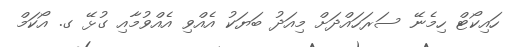
ހައިކޯޓް ހިމެނޭ ސަރަހައްދަށް މިއަދު ބަޔަކު އެއްވި އެއްވުމާއި ގުޅޭ ގ. އޯކަމް